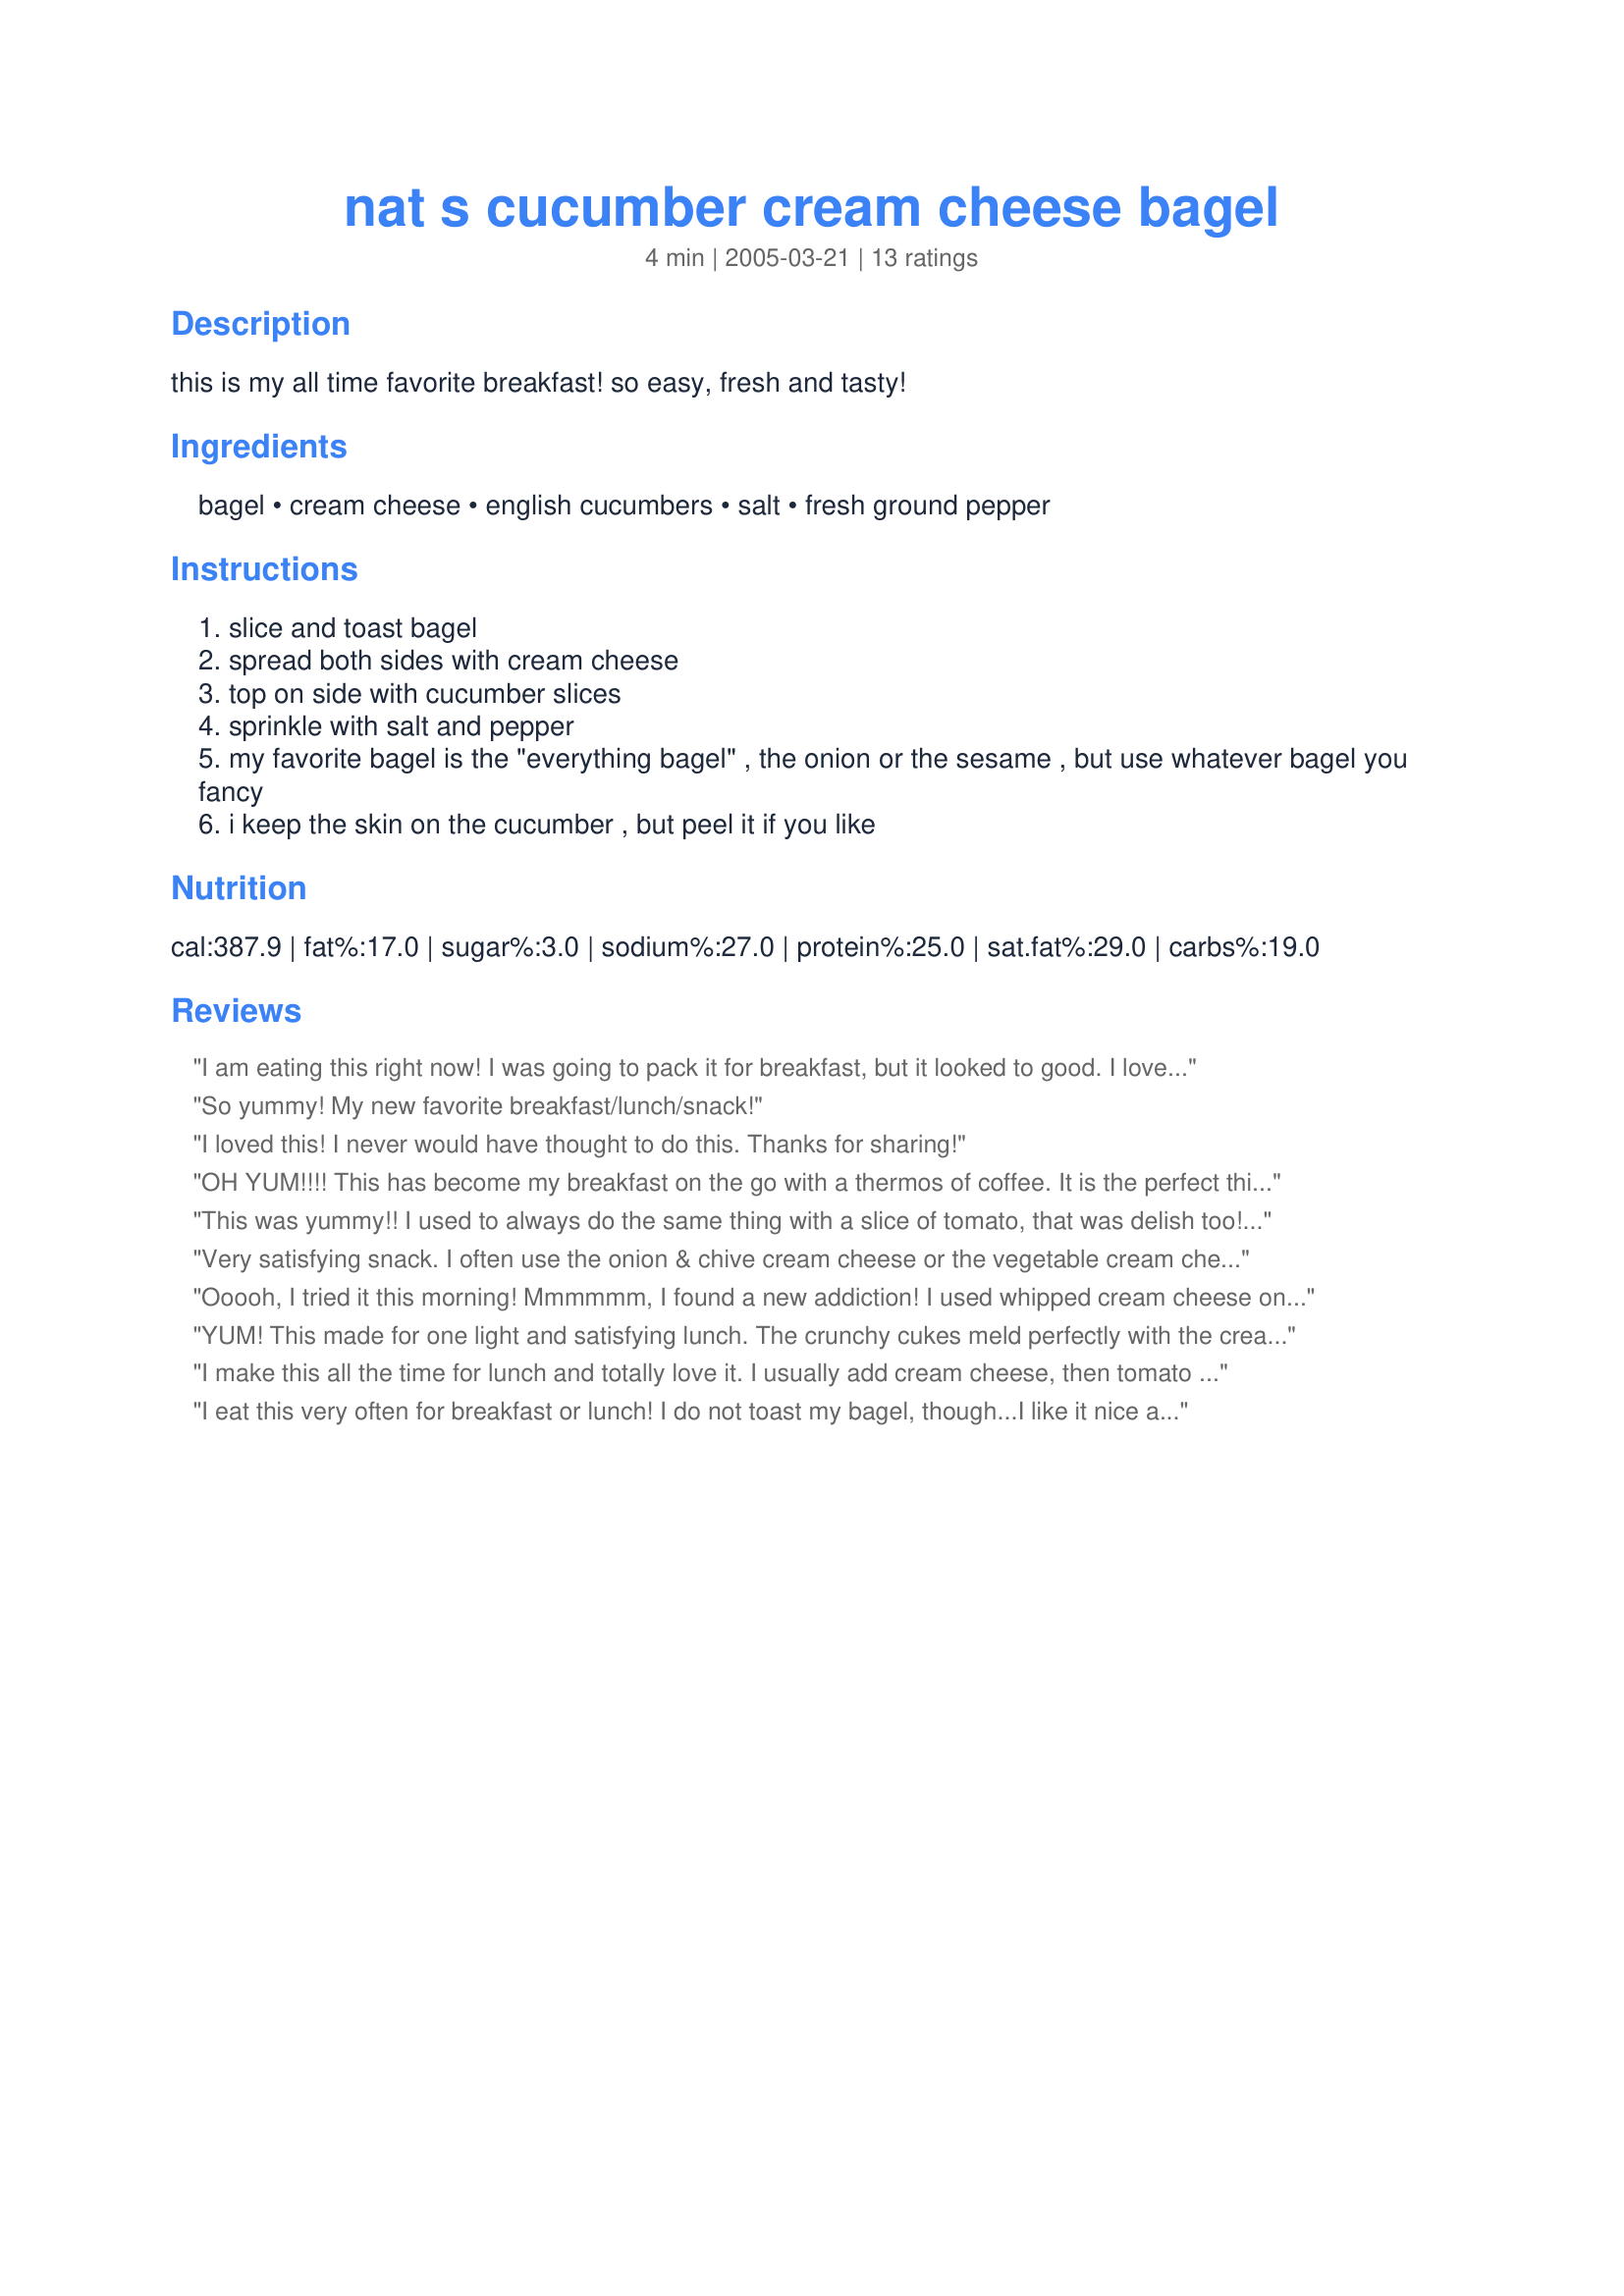
nat s cucumber cream cheese bagel
Preparation time: 4 minutes

this is my all time favorite breakfast! so easy, fresh and tasty!

Ingredients:
bagel, cream cheese, english cucumbers, salt, fresh ground pepper

Steps:
slice and toast bagel
spread both sides with cream cheese
top on side with cucumber slices
sprinkle with salt and pepper
my favorite bagel is the "everything bagel" , the onion or the sesame , but use whatever bagel you fancy
i keep the skin on the cucumber , but peel it if you like

Reviews:
I am eating this right now! I was going to pack it for breakfast, but it looked to good. I love simpple recipes that taste great and this is on, thanks Nat!
So yummy! My new favorite breakfast/lunch/snack!
I loved this! I never would have thought to do this. Thanks for sharing!
OH YUM!!!! This has become my breakfast on the go with a thermos of coffee. It is the perfect thing to hold me over until lunch. I use a whole grain bagel, extra cheese (cuz I'm a cheese FIEND!) and lots of black pepper on a super pile of crisp cucumbers. The flavors and texture combination is glorious! Thanks so much!!!
This was yummy!! I used to always do the same thing with a slice of tomato, that was delish too! Thank you!
Very satisfying snack. I often use the onion & chive cream cheese or the vegetable cream cheese instead of plain. Also good with tomato slices.
Ooooh, I tried it this morning! Mmmmmm, I found a new addiction! I used whipped cream cheese on 1/2 an onion bagel and whipped cream cheese with Good Seasons Italian Dressing mixed in on the other half of the bagel (left over from appetisers). I didn't toast the bagel. What a fresh, crisp, tasty way to start the morning! Will definitely make it again! Thank You!
YUM! This made for one light and satisfying lunch. The crunchy cukes meld perfectly with the creamy cheese. Thanks!
I make this all the time for lunch and totally love it. I usually add cream cheese, then tomato slices then the sliced cukes on top with sprinkled pepper. I tastes divine.
I eat this very often for breakfast or lunch! I do not toast my bagel, though...I like it nice and doughy with the cool cream cheese and cucumber. Yummy!
I made this twice in the past 2 days. Once with a rye bagel and once with a tomato-basil bagel. It was great both times~fast, easy and VERY tasty. Thanks for a great recipe, Nat!
Oh my gosh, dh thinks I'm crazy when I eat these things, but it's one of my very favorite snacks/meals! Sometimes I jazz it up with sprouts, tomatoes, and/or avocado (those are more 'lunch-y' though). I love the whole grain or sesame seed bagels, too. I love the combination of chewy bagel, cream cheese, and crunchy cukes, plus the little zing of sea salt. Great to find another breakfast buddy and to find one of my favorite recipes here on Zaar! ;o)
Great simple breakfast! The salt and pepper really bring out the flavor of the cucumber. I used mini bagels and whipped cream cheese. Paired with a glass of low-sodium V-8 juice, I was fueled for the day.
